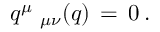
q ^ { \mu } { { \bf \Pi } _ { \mu \nu } } ( q ) \, = \, 0 \, .